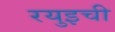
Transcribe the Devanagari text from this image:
रयुइची